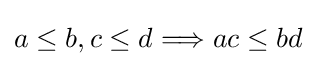
a\leq b,c\leq d\Longrightarrow ac\leq bd